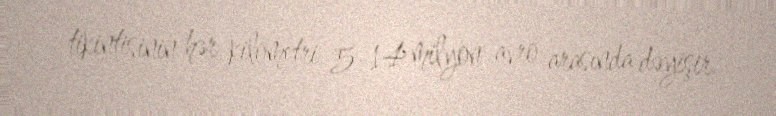
tikintisinin hər kilometri 5-14 milyon avro arasında dəyişir.